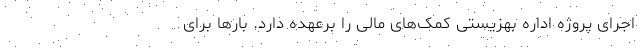
اجرای پروژه اداره بهزیستی کمک‌های مالی را برعهده دارد. بارها برای